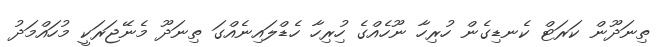
ތިނަދޫން ކަރަޓް ކެނޑިގެން ހުރިހާ ނޫހެއްގެ ހުިރިހާ ހެޑްލައިނެއްގަ ތިނަދޫ މެނޭޖަރަކީ މުހައްމަދު